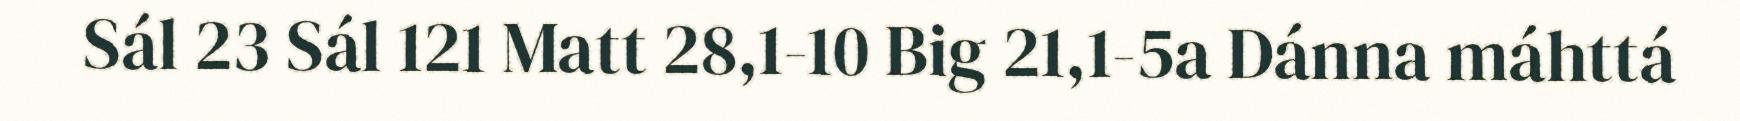
Sál 23 Sál 121 Matt 28,1-10 Big 21,1-5a Dánna máhttá